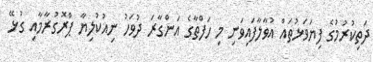
ދަތިކުރުމުގެ ފިޔަވަޅުތައް އުވާލާފައިވަނި މި ހަފްތާގެ އަންގާރަ ދުވަހު ނިއުކުލިޔާ ޕްރޮގުރާމާއި ގުޅޭ